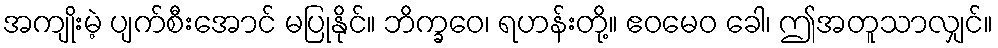
အကျိုးမဲ့ ပျက်စီးအောင် မပြုနိုင်။ ဘိက္ခဝေ၊ ရဟန်းတို့။ ဧဝမေဝ ခေါ၊ ဤအတူသာလျှင်။